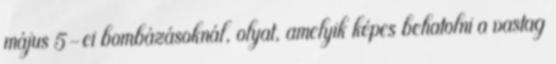
május 5-ei bombázásoknál, olyat, amelyik képes behatolni a vastag